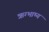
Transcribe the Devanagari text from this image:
ऋग्भाष्य